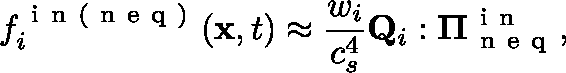
f _ { i } ^ { \mathrm { ~ i ~ n ~ ( ~ n ~ e ~ q ~ ) ~ } } ( \mathbf { x } , t ) \approx \frac { w _ { i } } { c _ { s } ^ { 4 } } \mathbf { Q } _ { i } : \mathbf { \Pi } _ { \mathrm { ~ n ~ e ~ q ~ } } ^ { \mathrm { ~ i ~ n ~ } } ,